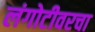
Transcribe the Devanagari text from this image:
लंगोटीवरचा